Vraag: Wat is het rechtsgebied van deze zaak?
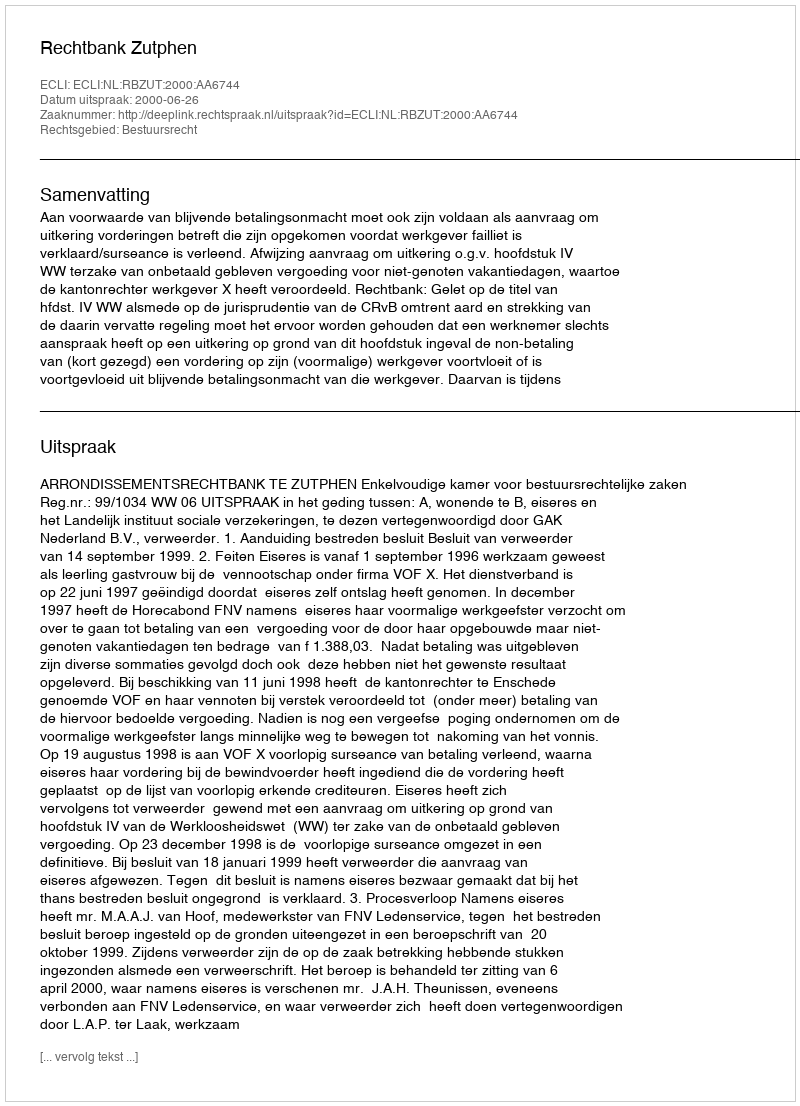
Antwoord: Bestuursrecht